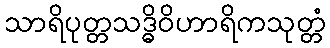
သာရိပုတ္တသဒ္ဓိဝိဟာရိကသုတ္တံ